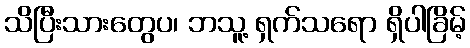
သိပြီးသားတွေပ၊ ဘသူ့ ရှက်သရော ရှိပါခြိမ့်